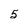
Character: 5